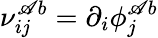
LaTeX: \nu_{ij}^{\mathscr{A}b}=\partial_{i}\phi_{j}^{\mathscr{A}b}